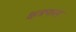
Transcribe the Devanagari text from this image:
क्षत्रफल